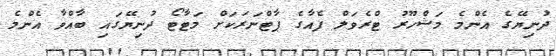
ދުނިޔޭގެ އެންމެ މަޝްހޫރު ޓްރެވަލް ފެއާގެ ޕާޓްނަރަކަށް މަޓާޓޯ ދުނިޔޭގައި ބާއްވާ އެންމެ